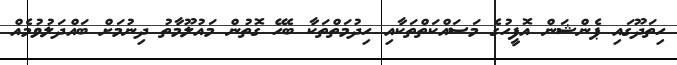
ހިތަދޫގައި ޕެންޝަން އޮފީހުގެ މަސައްކަތްތަކާއި ހިދުމަތްތަކާ ބެހޭ ގޮތުން މައުލޫމާތު ދިނުމަށް ބައްދަލުވުމެއް